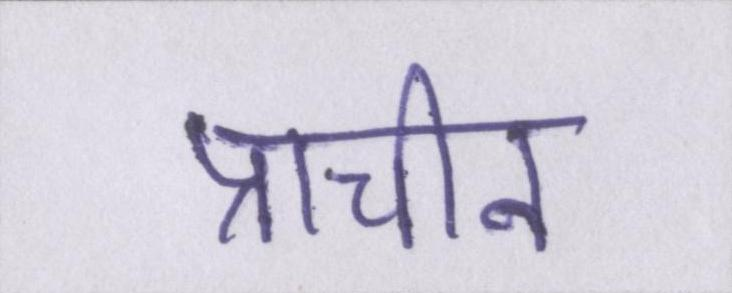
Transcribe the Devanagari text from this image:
प्राचीन